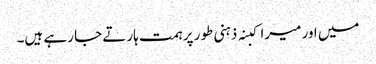
میں اور میرا کبنہ ذہنی طور پر ہمت ہارتے جا رہے ہیں۔